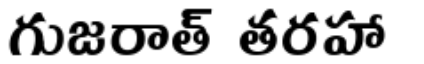
గుజరాత్ తరహా